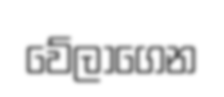
වේලාගෙන